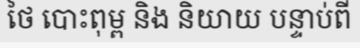
ថៃ បោះពុម្ព និង និយាយ បន្ទាប់ពី